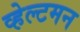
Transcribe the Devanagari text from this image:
व्हेल्टमन